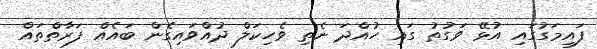
ފައިމަގުގައި އުޅޭ ވަގުތު ގައި ހުއްދަ ނެތި ވެހިކަލް ދުއްވައިގެން ބައެއް ފަރާތްތައް